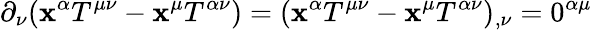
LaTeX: \partial_{\nu}(\mathbf{x}^{\alpha}T^{\mu\nu}-\mathbf{x}^{\mu}T^{\alpha\nu})=(\mathbf{x}^{\alpha}T^{\mu\nu}-\mathbf{x}^{\mu}T^{\alpha\nu})_{,\nu}=0^{\alpha\mu}